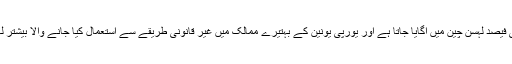
واضح رہے کہ دنیا کا اسّی فیصد لہسن چین میں اگایا جاتا ہے اور یورپی یونین کے بہتیرے ممالک میں غیر قانونی طریقے سے استعمال کیا جانے والا بیشتر لہسن بھی وہیں سے آتا ہے۔